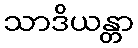
သာဒိယန္တာ